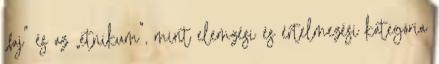
„faj” és az „etnikum”, mint elemzési és értelmezési kategória